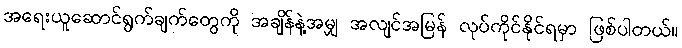
အရေးယူဆောင်ရွက်ချက်တွေကို အချိန်နဲ့အမျှ အလျင်အမြန် လုပ်ကိုင်နိုင်ရမှာ ဖြစ်ပါတယ်။